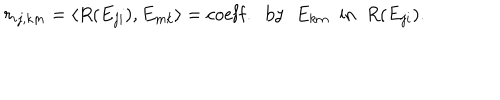
LaTeX: r _ { i j , k m } = \langle R ( E _ { j i } ) , E _ { m k } \rangle = \mathrm { c o e f f . \; \; b y \; \; } E _ { k m } \mathrm { \; \; i n \; \; } R ( E _ { j i } ) .